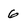
Character: 6